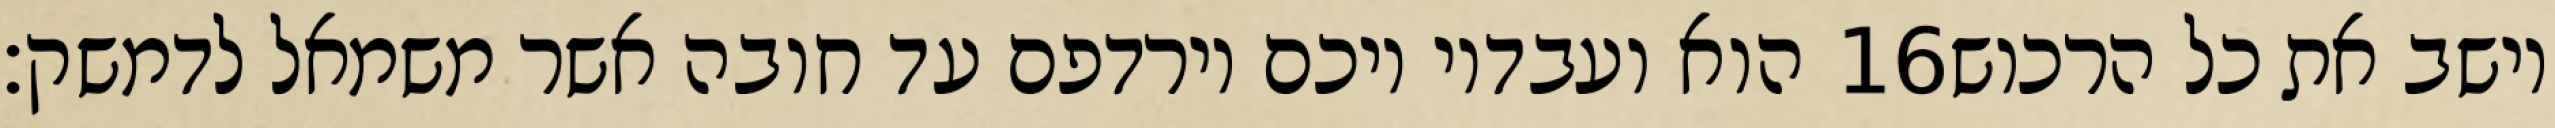
הוא ועבדיו ויכם וירדפם עד חובה אשר משמאל לדמשק׃ ‎16‏ וישב את כל הרכוש